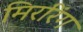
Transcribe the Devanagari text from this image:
मिररिंग